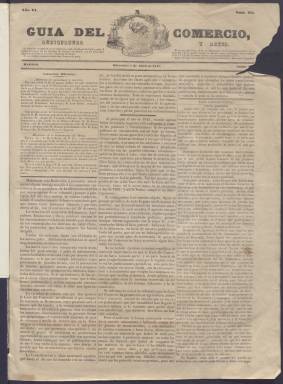
Título: Guía del comercio, agricultura y artes
Colección: Periódicos anteriores a 1850
Ámbito geográfico: Madrid
Lugar de publicación: Madrid
Fechas: 07/04/1847-29/11/1848